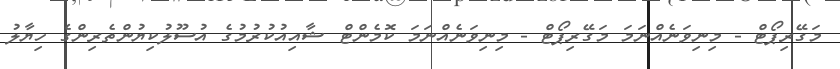
މަގޭރިޕޯޓް - މިނިވަނެއްނަމަ މަގޭރިޕޯޓް - މިނިވަނެއްނަމަ ކޮމެންޓް ޝާއިއުކުރުމުގެ އުސޫލުކިޔުންތެރިންގެ ހިޔާލު